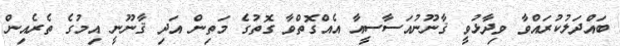
ބައްދަލުކުރައްވާ ވިދާޅުވީ ޤާނޫނުއަސާސީއާ އެއްގޮތްވާ ގޮތުގެ މަތިން އަދި ޤާނޫނީ އިމުގެ ތެރެއިން